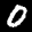
Label: 0